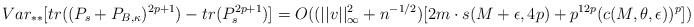
\begin{align*} Var_{**}[tr((P_s+P_{B,\kappa})^{2p+1})-tr(P_s^{2p+1})]= O((||v||^2_{\infty}+n^{-1/2})[2m \cdot s(M+\epsilon,4p) +p^{12p}(c(M,\theta,\epsilon))^{p}])\end{align*}